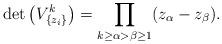
LaTeX: \begin{gather*} \det\big(V^{k}_{\{z_{i}\}}\big)=\prod_{k\ge\alpha>\beta\ge1}(z_{\alpha}-z_{\beta}).\end{gather*}